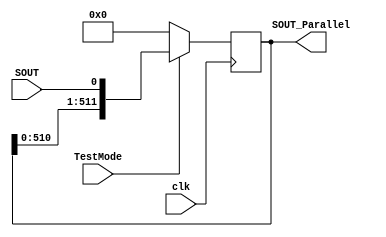

module load_SOUT_register (clk,TestMode,SOUT, SOUT_Parallel);

input SOUT,clk,TestMode;
wire SOUT,TestMode;
output [1:512] SOUT_Parallel;
reg [1:512] SOUT_Parallel;

always @(posedge clk) begin
 if(TestMode == 1) begin
  SOUT_Parallel <= { SOUT_Parallel[2:512],SOUT};
  end
  else begin
  SOUT_Parallel <=  512'b0;
  end
 end
endmodule